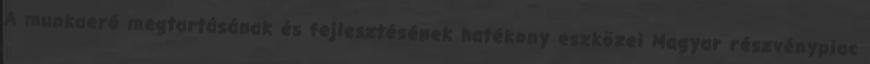
A munkaerő megtartásának és fejlesztésének hatékony eszközei Magyar részvénypiac